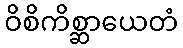
ဝိစိကိစ္ဆာယေတံ